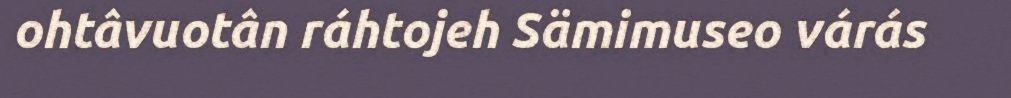
ohtâvuotân ráhtojeh Sämimuseo várás